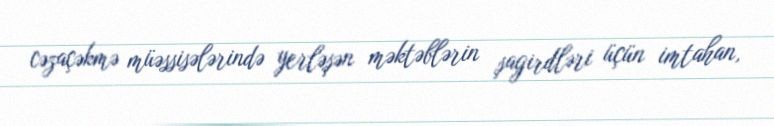
cəzaçəkmə müəssisələrində yerləşən məktəblərin şagirdləri üçün imtahan,